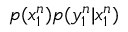
p ( x _ { 1 } ^ { n } ) p ( y _ { 1 } ^ { n } | x _ { 1 } ^ { n } )